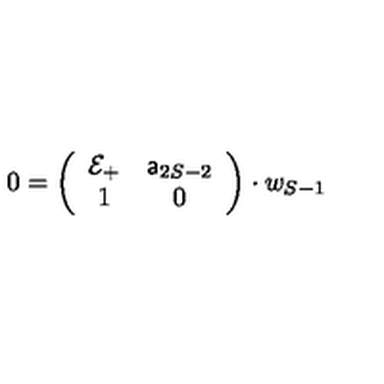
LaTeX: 0 = \left( \begin{array} { c c } { { \cal E } _ { + } } & { { \sf a } _ { 2 S - 2 } } \\ { 1 } & { 0 } \\ \end{array} \right) \cdot w _ { S - 1 }